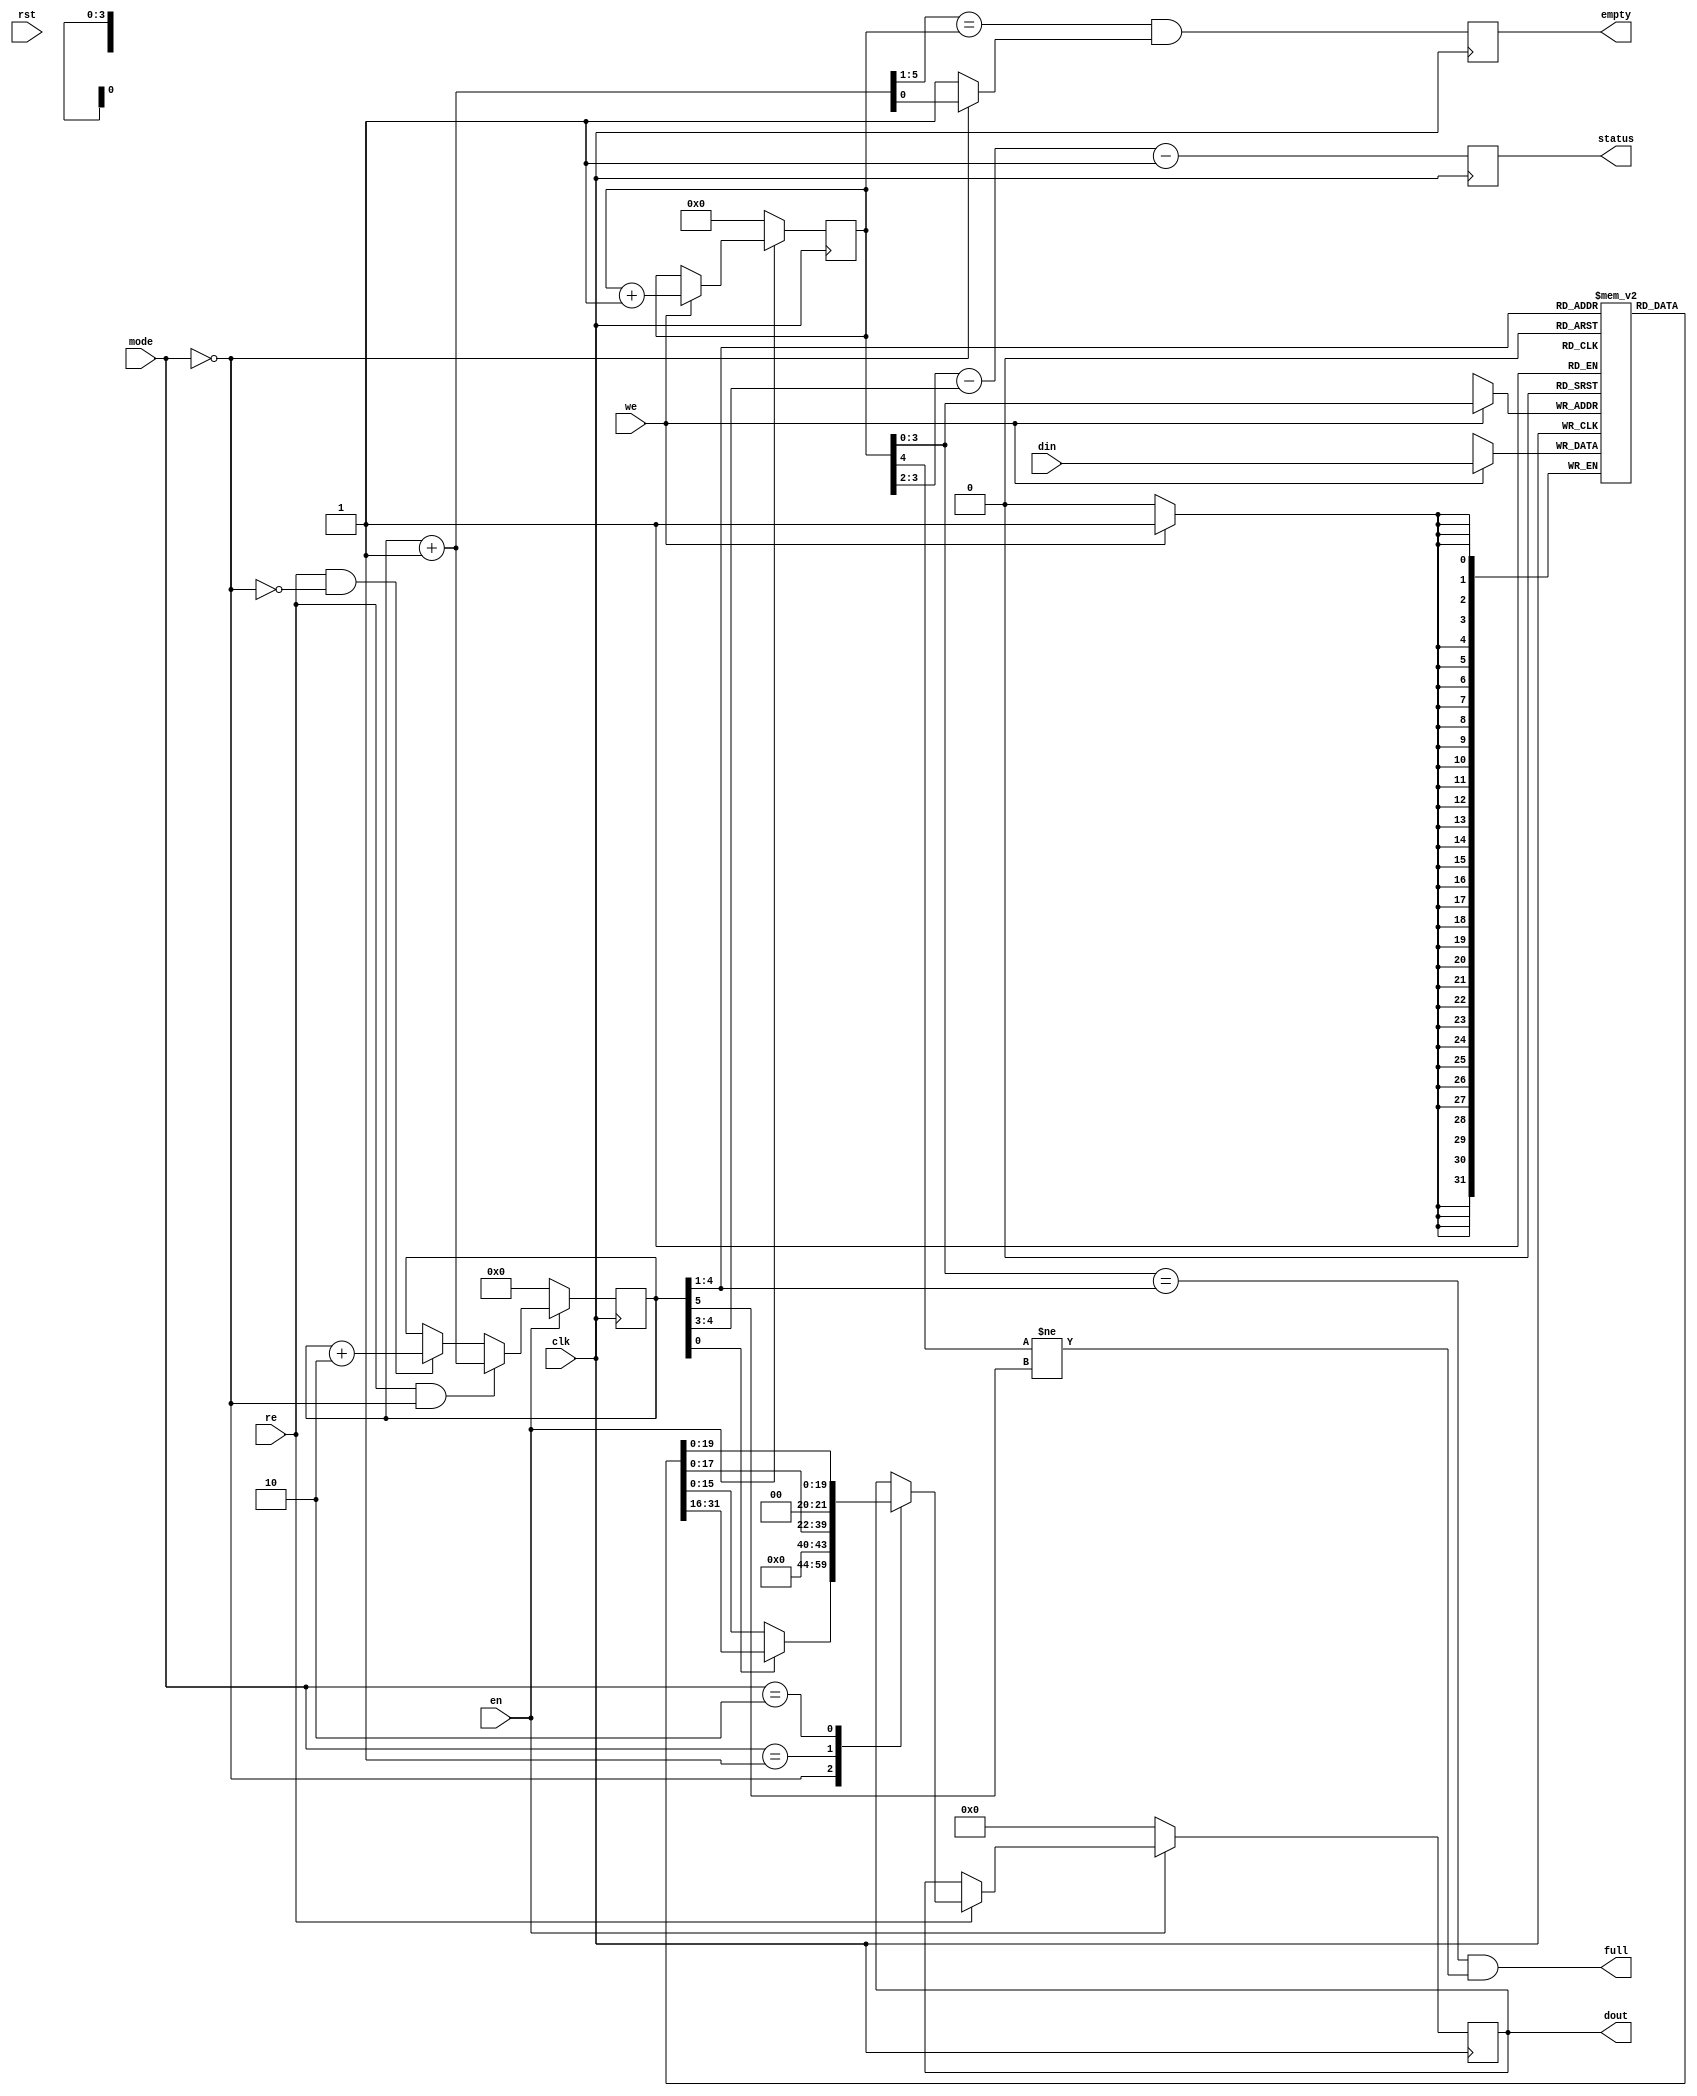
module ac97_out_fifo_2(clk, rst, en, mode, din, we, dout, re, status, full, empty);
input		clk, rst;
input		en;
input	[1:0]	mode;
input	[31:0]	din;
input		we;
output	[19:0]	dout;
input		re;
output	[1:0]	status;
output		full;
output		empty;
reg	[31:0]	mem[0:15];
reg	[4:0]	wp;
reg	[5:0]	rp;
wire	[4:0]	wp_p1;
reg	[1:0]	status;
reg	[19:0]	dout;
wire	[31:0]	dout_tmp;
wire	[15:0]	dout_tmp1;
wire		m16b;
reg		empty;
assign m16b = (mode == 2'h0);	
always @(posedge clk)
	if(!en)		wp <= #1 5'h0;
	else
	if(we)		wp <= #1 wp_p1;
assign wp_p1 = wp + 4'h1;
always @(posedge clk)
	if(!en)		rp <= #1 6'h0;
	else
	if(re & m16b)	rp <= #1 rp + 6'h1;
	else
	if(re & !m16b)	rp <= #1 rp + 6'h2;
always @(posedge clk)
	status <= #1 (wp[3:2] - rp[4:3]) - 2'h1;
wire	[5:0]	rp_p1 = rp[5:0] + 6'h1;
always @(posedge clk)
	empty <= #1 (rp_p1[5:1] == wp[4:0]) & (m16b ? rp_p1[0] : 1'b1);
assign full  = (wp[3:0] == rp[4:1]) & (wp[4] != rp[5]);
assign dout_tmp = mem[ rp[4:1] ];
assign dout_tmp1 = rp[0] ? dout_tmp[31:16] : dout_tmp[15:0];
always @(posedge clk)
	if(!en)		dout <= #1 20'h0;
	else
	if(re)
		case(mode)	
		   2'h0: dout <= #1 {dout_tmp1, 4'h0};		
		   2'h1: dout <= #1 {dout_tmp[17:0], 2'h0};	
		   2'h2: dout <= #1 dout_tmp[19:0];		
		endcase
always @(posedge clk)
	if(we)	mem[wp[3:0]] <= #1 din;
endmodule